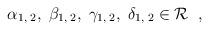
LaTeX: \begin{align*}\alpha_{1, \; 2}, \; \beta_{1, \; 2}, \; \gamma_{1, \; 2}, \;\delta_{1, \; 2} \in {\cal R} \; \; ,\end{align*}